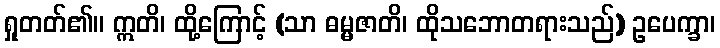
ရှုတတ်၏။ ဣတိ၊ ထို့ကြောင့် (သာ ဓမ္မဇာတိ၊ ထိုသဘောတရားသည်) ဥပေက္ခာ၊